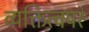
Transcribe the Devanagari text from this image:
व्यक्तित्वपर